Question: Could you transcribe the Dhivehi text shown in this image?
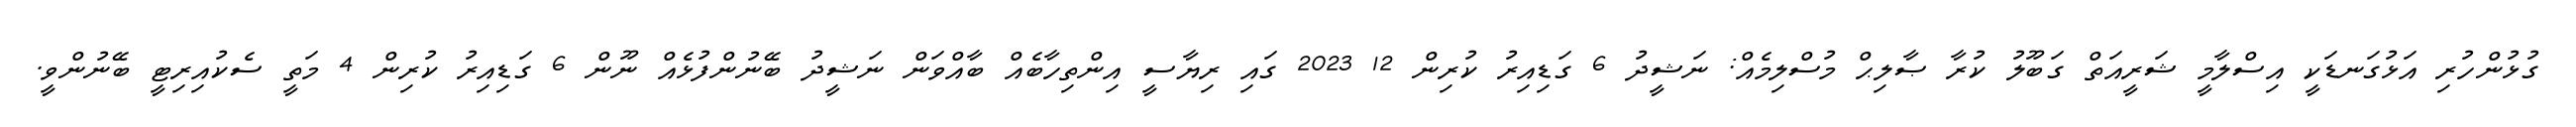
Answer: ގުޅުންހުރި އަޅުގަނޑަކީ އިސްލާމީ ޝަރީއަތް ގަބޫލު ކުރާ ޞާލިޙް މުސްލިމެއް: ނަޝީދު 6 ގަޑިއިރު ކުރިން 12 2023 ގައި ރިޔާސީ އިންތިހާބެއް ބާއްވަން ނަޝީދު ބޭނުންފުޅެއް ނޫން 6 ގަޑިއިރު ކުރިން 4 މަތީ ސެކުއިރިޓީ ބޭނުންވީ.